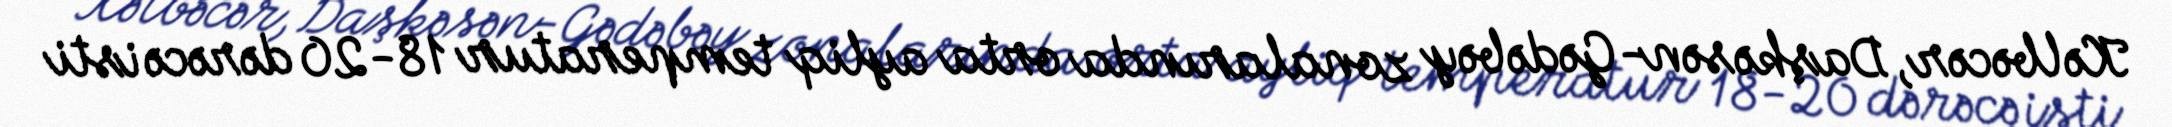
Kəlbəcər, Daşkəsən-Gədəbəy zonalarında orta ayliq temperatur 18-20 dərəcə isti